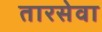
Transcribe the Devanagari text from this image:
तारसेवा